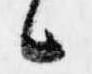
候